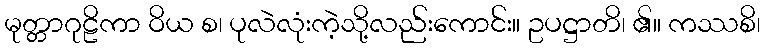
မုတ္တာဂုဠိကာ ဝိယ စ၊ ပုလဲလုံးကဲ့သို့လည်းကောင်း။ ဥပဋ္ဌာတိ၊ ၏။ ကဿစိ၊